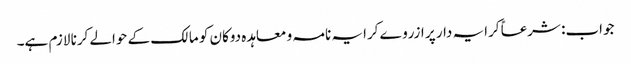
جواب: شرعاً کرایہ دار پر ازروے کرایہ نامہ و معاہدہ دوکان کو مالک کے حوالے کرنا لازم ہے۔